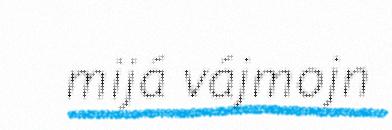
mijá vájmojn